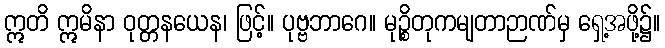
ဣတိ ဣမိနာ ဝုတ္တနယေန၊ ဖြင့်။ ပုဗ္ဗဘာဂေ။ မုဉ္စိတုကမျတာဉာဏ်မှ ရှေ့အဖို့၌။